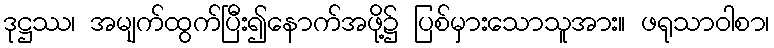
ဒုဋ္ဌဿ၊ အမျက်ထွက်ပြီး၍နောက်အဖို့၌ ပြစ်မှားသောသူအား။ ဖရုသာဝါစာ၊